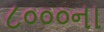
૮૦૦૦ના